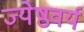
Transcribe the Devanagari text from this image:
ज्येष्ठवर्य